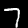
Label: 7